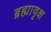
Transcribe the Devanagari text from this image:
ब्रह्मावृक्ष